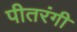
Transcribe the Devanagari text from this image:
पीतरंगी